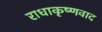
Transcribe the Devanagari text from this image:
राधाकृष्णवाद